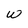
Character: w